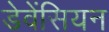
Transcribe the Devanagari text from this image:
डेवेंसियन